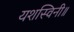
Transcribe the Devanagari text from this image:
यशस्विनी॥